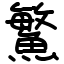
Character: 鰵